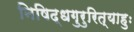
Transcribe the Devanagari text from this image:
निषिद्धगुरुरित्याहुः